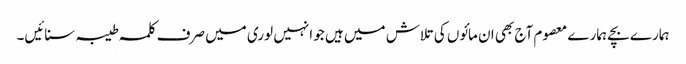
ہمارے بچے ہمارے معصوم آج بھی ان مائوں کی تلاش میں ہیں جو انہیں لوری میں صرف کلمہ طیبہ سنائیں۔